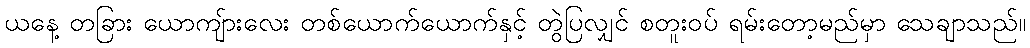
ယနေ့ တခြား ယောကျ်ားလေး တစ်ယောက်ယောက်နှင့် တွဲပြလျှင် စတူးဝပ် ရမ်းတော့မည်မှာ သေချာသည်။